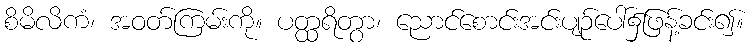
စိမိလိကံ၊ အဝတ်ကြမ်းကို။ ပတ္ထရိတွာ၊ ညောင်စောင်းအင်းပျဉ်ပေါ်၌ဖြန့်ခင်း၍။